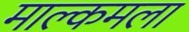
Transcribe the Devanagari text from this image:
माल्कमला